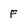
Character: F